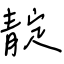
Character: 靛